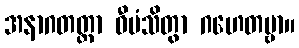
အနာဂတတ္တာ ဝီမံသိတွာ ဂဟေတဗ္ဗာ။